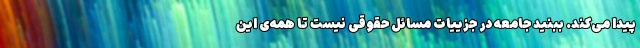
پیدا می‌کند. ببنید جامعه در جزییات مسائل حقوقی نیست تا همه‌ی این